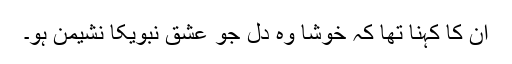
اُن کا کہنا تھا کہ خوشا وہ دل جو عشق نبویکا نشیمن ہو۔